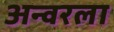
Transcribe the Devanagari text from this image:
अन्वरला